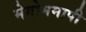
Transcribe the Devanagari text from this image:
मेगोममापी